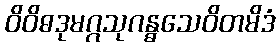
ဝိဝိဓဒုမဂ္ဂသုဂန္ဓသေဝိတမိဒံ